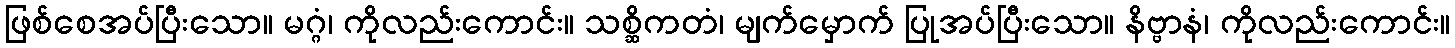
ဖြစ်စေအပ်ပြီးသော။ မဂ္ဂံ၊ ကိုလည်းကောင်း။ သစ္ဆိကတံ၊ မျက်မှောက် ပြုအပ်ပြီးသော။ နိဗ္ဗာနံ၊ ကိုလည်းကောင်း။